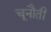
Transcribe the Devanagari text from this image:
चूनौती